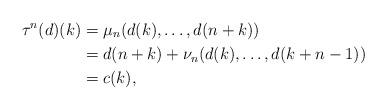
LaTeX: \begin{align*}\tau^{n}(d)(k) & = \mu_{n}(d(k), \dots, d(n+k)) \\& = d(n+k) + \nu_{n}(d(k), \dots, d(k+n-1)) \\ & = c(k),\end{align*}